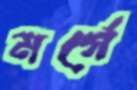
মর্গে